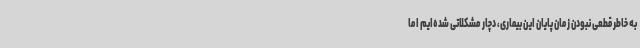
به خاطر قطعی نبودن زمان پایان این بیماری، دچار مشکلاتی شده‌ایم اما